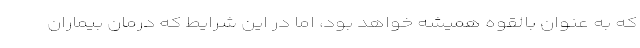
که به عنوان بالقوه همیشه خواهد بود، اما در این شرایط که درمان بیماران